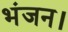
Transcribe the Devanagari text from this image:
भंजन।